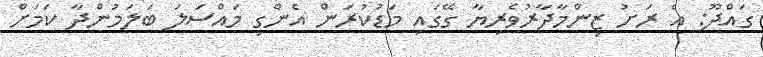
ގައްދޫ: އެ ރަށު ޒިންމާދާރުވެރިޔާ ގޭގައި މަޑުކުރަން އެންގި މައްސަލަ ބަލަމުންދާ ކަމަށް